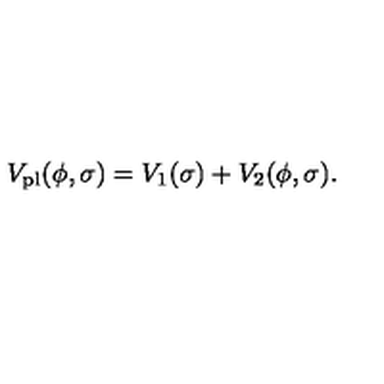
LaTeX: V _ { \mathrm { p l } } ( \phi , \sigma ) = V _ { 1 } ( \sigma ) + V _ { 2 } ( \phi , \sigma ) .